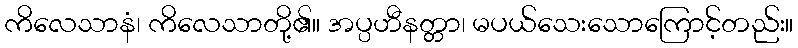
ကိလေသာနံ၊ ကိလေသာတို့၏။ အပ္ပဟီနတ္တာ၊ မပယ်သေးသောကြောင့်တည်း။